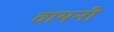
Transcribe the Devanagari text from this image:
वायनी